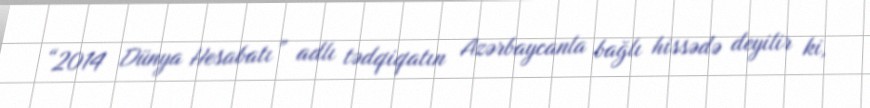
“2014 Dünya Hesabatı” adlı tədqiqatın Azərbaycanla bağlı hissədə deyilir ki,